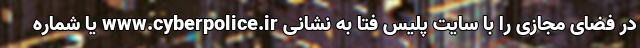
در فضای مجازی را با سایت پلیس فتا به نشانی www.cyberpolice.ir یا شماره